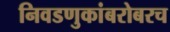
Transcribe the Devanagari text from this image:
निवडणुकांबरोबरच